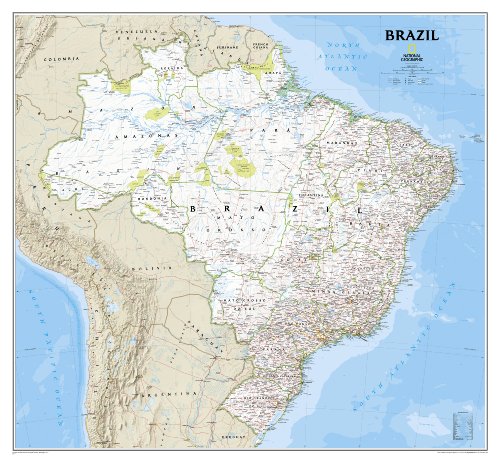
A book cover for Brazil Classic [Laminated] (National Geographic Reference Map); National Geographic Maps - Reference; Travel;